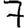
Digit: 7